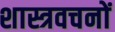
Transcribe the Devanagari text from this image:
शास्त्रवचनों